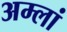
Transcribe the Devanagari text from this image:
अम्लां